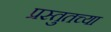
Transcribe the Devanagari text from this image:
प्रस्तुतच्या